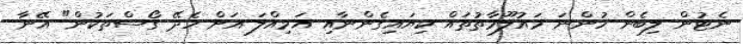
ނެޓުން ލިބެން ހުންނަ މައުލޫމާތުތައް ކިޔައިގެންނާއި އަމިއްލަ އަށް ހެދޭ ގޯސްތަކުން" އޭނާ